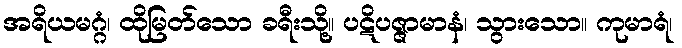
အရိယမဂ္ဂံ၊ ထိုမြတ်သော ခရီးသို့။ ပဋိပဇ္ဇာမာနံ၊ သွားသော။ ကုမာရံ၊